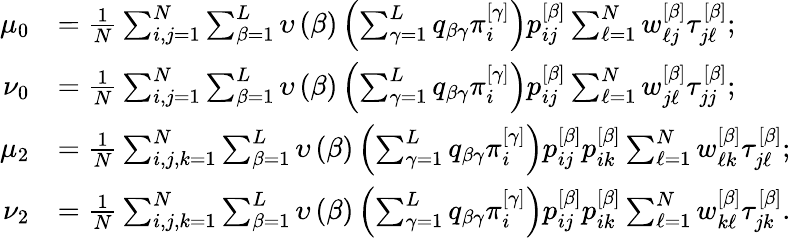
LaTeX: \begin{array}{rl}{\mu_{0}}&{=\frac{1}{N}\sum_{i,j=1}^{N}\sum_{\beta=1}^{L}\upsilon\left(\beta\right)\left(\sum_{\gamma=1}^{L}q_{\beta\gamma}\pi_{i}^{\left[\gamma\right]}\right)p_{ij}^{\left[\beta\right]}\sum_{\ell=1}^{N}w_{\ell j}^{\left[\beta\right]}\tau_{j\ell}^{\left[\beta\right]};}\\ {\nu_{0}}&{=\frac{1}{N}\sum_{i,j=1}^{N}\sum_{\beta=1}^{L}\upsilon\left(\beta\right)\left(\sum_{\gamma=1}^{L}q_{\beta\gamma}\pi_{i}^{\left[\gamma\right]}\right)p_{ij}^{\left[\beta\right]}\sum_{\ell=1}^{N}w_{j\ell}^{\left[\beta\right]}\tau_{jj}^{\left[\beta\right]};}\\ {\mu_{2}}&{=\frac{1}{N}\sum_{i,j,k=1}^{N}\sum_{\beta=1}^{L}\upsilon\left(\beta\right)\left(\sum_{\gamma=1}^{L}q_{\beta\gamma}\pi_{i}^{\left[\gamma\right]}\right)p_{ij}^{\left[\beta\right]}p_{ik}^{\left[\beta\right]}\sum_{\ell=1}^{N}w_{\ell k}^{\left[\beta\right]}\tau_{j\ell}^{\left[\beta\right]};}\\ {\nu_{2}}&{=\frac{1}{N}\sum_{i,j,k=1}^{N}\sum_{\beta=1}^{L}\upsilon\left(\beta\right)\left(\sum_{\gamma=1}^{L}q_{\beta\gamma}\pi_{i}^{\left[\gamma\right]}\right)p_{ij}^{\left[\beta\right]}p_{ik}^{\left[\beta\right]}\sum_{\ell=1}^{N}w_{k\ell}^{\left[\beta\right]}\tau_{jk}^{\left[\beta\right]}.}\end{array}